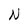
Character: N